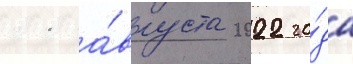
11 а́вгуста 2022 го́да